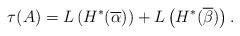
LaTeX: \begin{align*}\tau(A)=L\left(H^{*}(\overline{\alpha})\right)+L\left(H^{*}(\overline{\beta})\right).\end{align*}